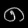
Digit: ၈